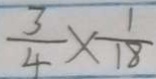
\frac { 3 } { 4 } \times \frac { 1 } { 1 8 }